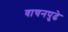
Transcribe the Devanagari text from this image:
वाचनपुढे